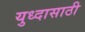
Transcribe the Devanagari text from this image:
युध्दासाठी